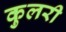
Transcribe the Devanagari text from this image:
कुलरी